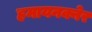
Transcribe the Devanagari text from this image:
हमायनक्नेर